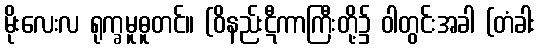
မိုးလေးလ ရုက္ခမူဓူတင်။ (ဝိနည်းဋီကာကြီးတို့၌ ဝါတွင်းအခါ (တံခါး